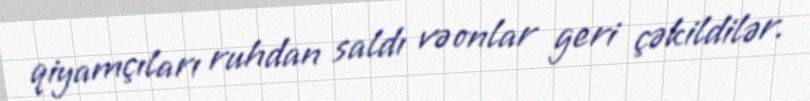
qiyamçıları ruhdan saldı və onlar geri çəkildilər.